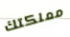
مملكتك